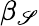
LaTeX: \beta_{\mathscr{S}}